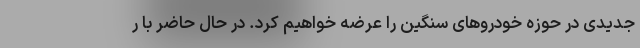
جدیدی در حوزه خودروهای سنگین را عرضه خواهیم کرد. در حال حاضر با ر